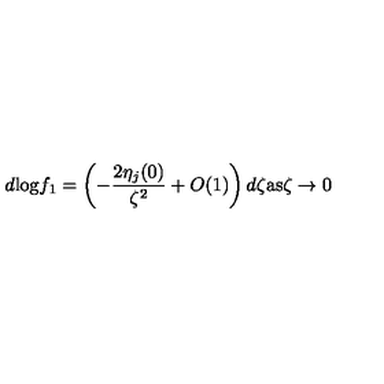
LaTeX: d \mathrm { l o g } f _ { 1 } = \left( - \frac { 2 \eta _ { j } ( 0 ) } { \zeta ^ { 2 } } + O ( 1 ) \right) d \zeta \mathrm { a s } \zeta \rightarrow 0